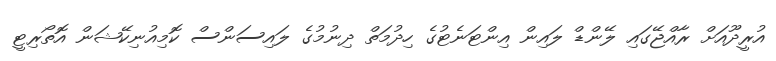
އުރީދޫއަށް ރާއްޖޭގައި ލޭންޑް ލައިން އިންޓަނެޓުގެ ހިދުމަތް ދިނުމުގެ ލައިސަންސް ކޮމިއުނިކޭޝަން އޮތޯރިޓީ